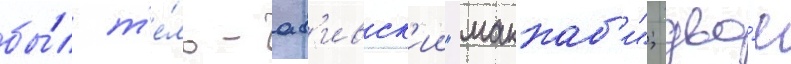
бы́л т'е́ль-ав'ивск'ии "маккаб'и"; дво́е